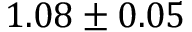
1 . 0 8 \pm 0 . 0 5